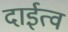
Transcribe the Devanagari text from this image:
दाईत्व